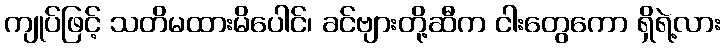
ကျုပ်ဖြင့် သတိမထားမိပေါင်၊ ခင်ဗျားတို့ဆီက ငါးတွေကော ရှိရဲ့လား